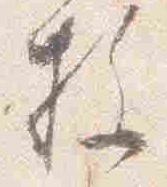
枚